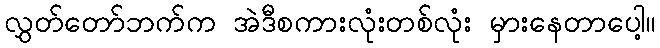
လွှတ်တော်ဘက်က အဲဒီစကားလုံးတစ်လုံး မှားနေတာပေါ့။